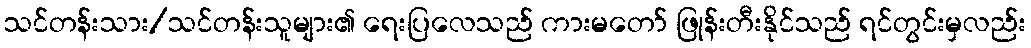
သင်တန်းသား/သင်တန်းသူများ၏ ရေးပြလေသည် ကားမတော် ဖြုန်းတီးနိုင်သည် ရင်တွင်းမှလည်း